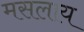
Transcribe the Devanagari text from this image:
मसलाय